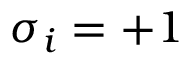
\sigma _ { i } = + 1